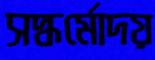
সদ্ধর্মোদয়